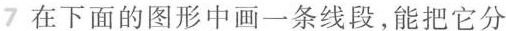
7 在下面的图形中画一条线段，能把它分